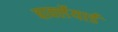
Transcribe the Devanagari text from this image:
बार्क्लेयार्ड